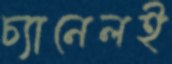
চ্যানেলই